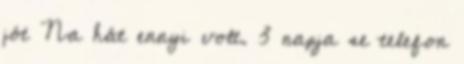
jót Na hát ennyi volt. 3 napja se telefon